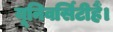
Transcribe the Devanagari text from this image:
यूनिवर्सिटीहैं।